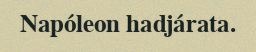
Napóleon hadjárata.